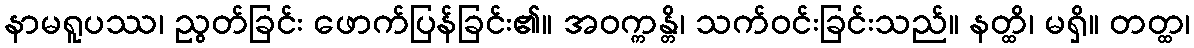
နာမရူပဿ၊ ညွတ်ခြင်း ဖောက်ပြန်ခြင်း၏။ အဝက္ကန္တိ၊ သက်ဝင်းခြင်းသည်။ နတ္ထိ၊ မရှိ။ တတ္ထ၊